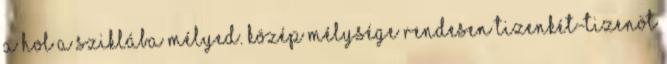
a hol a sziklába mélyed. Közép mélysége rendesen tizenkét-tizenöt